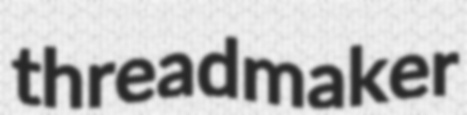
threadmaker